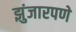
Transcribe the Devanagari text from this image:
झुंजारपणे